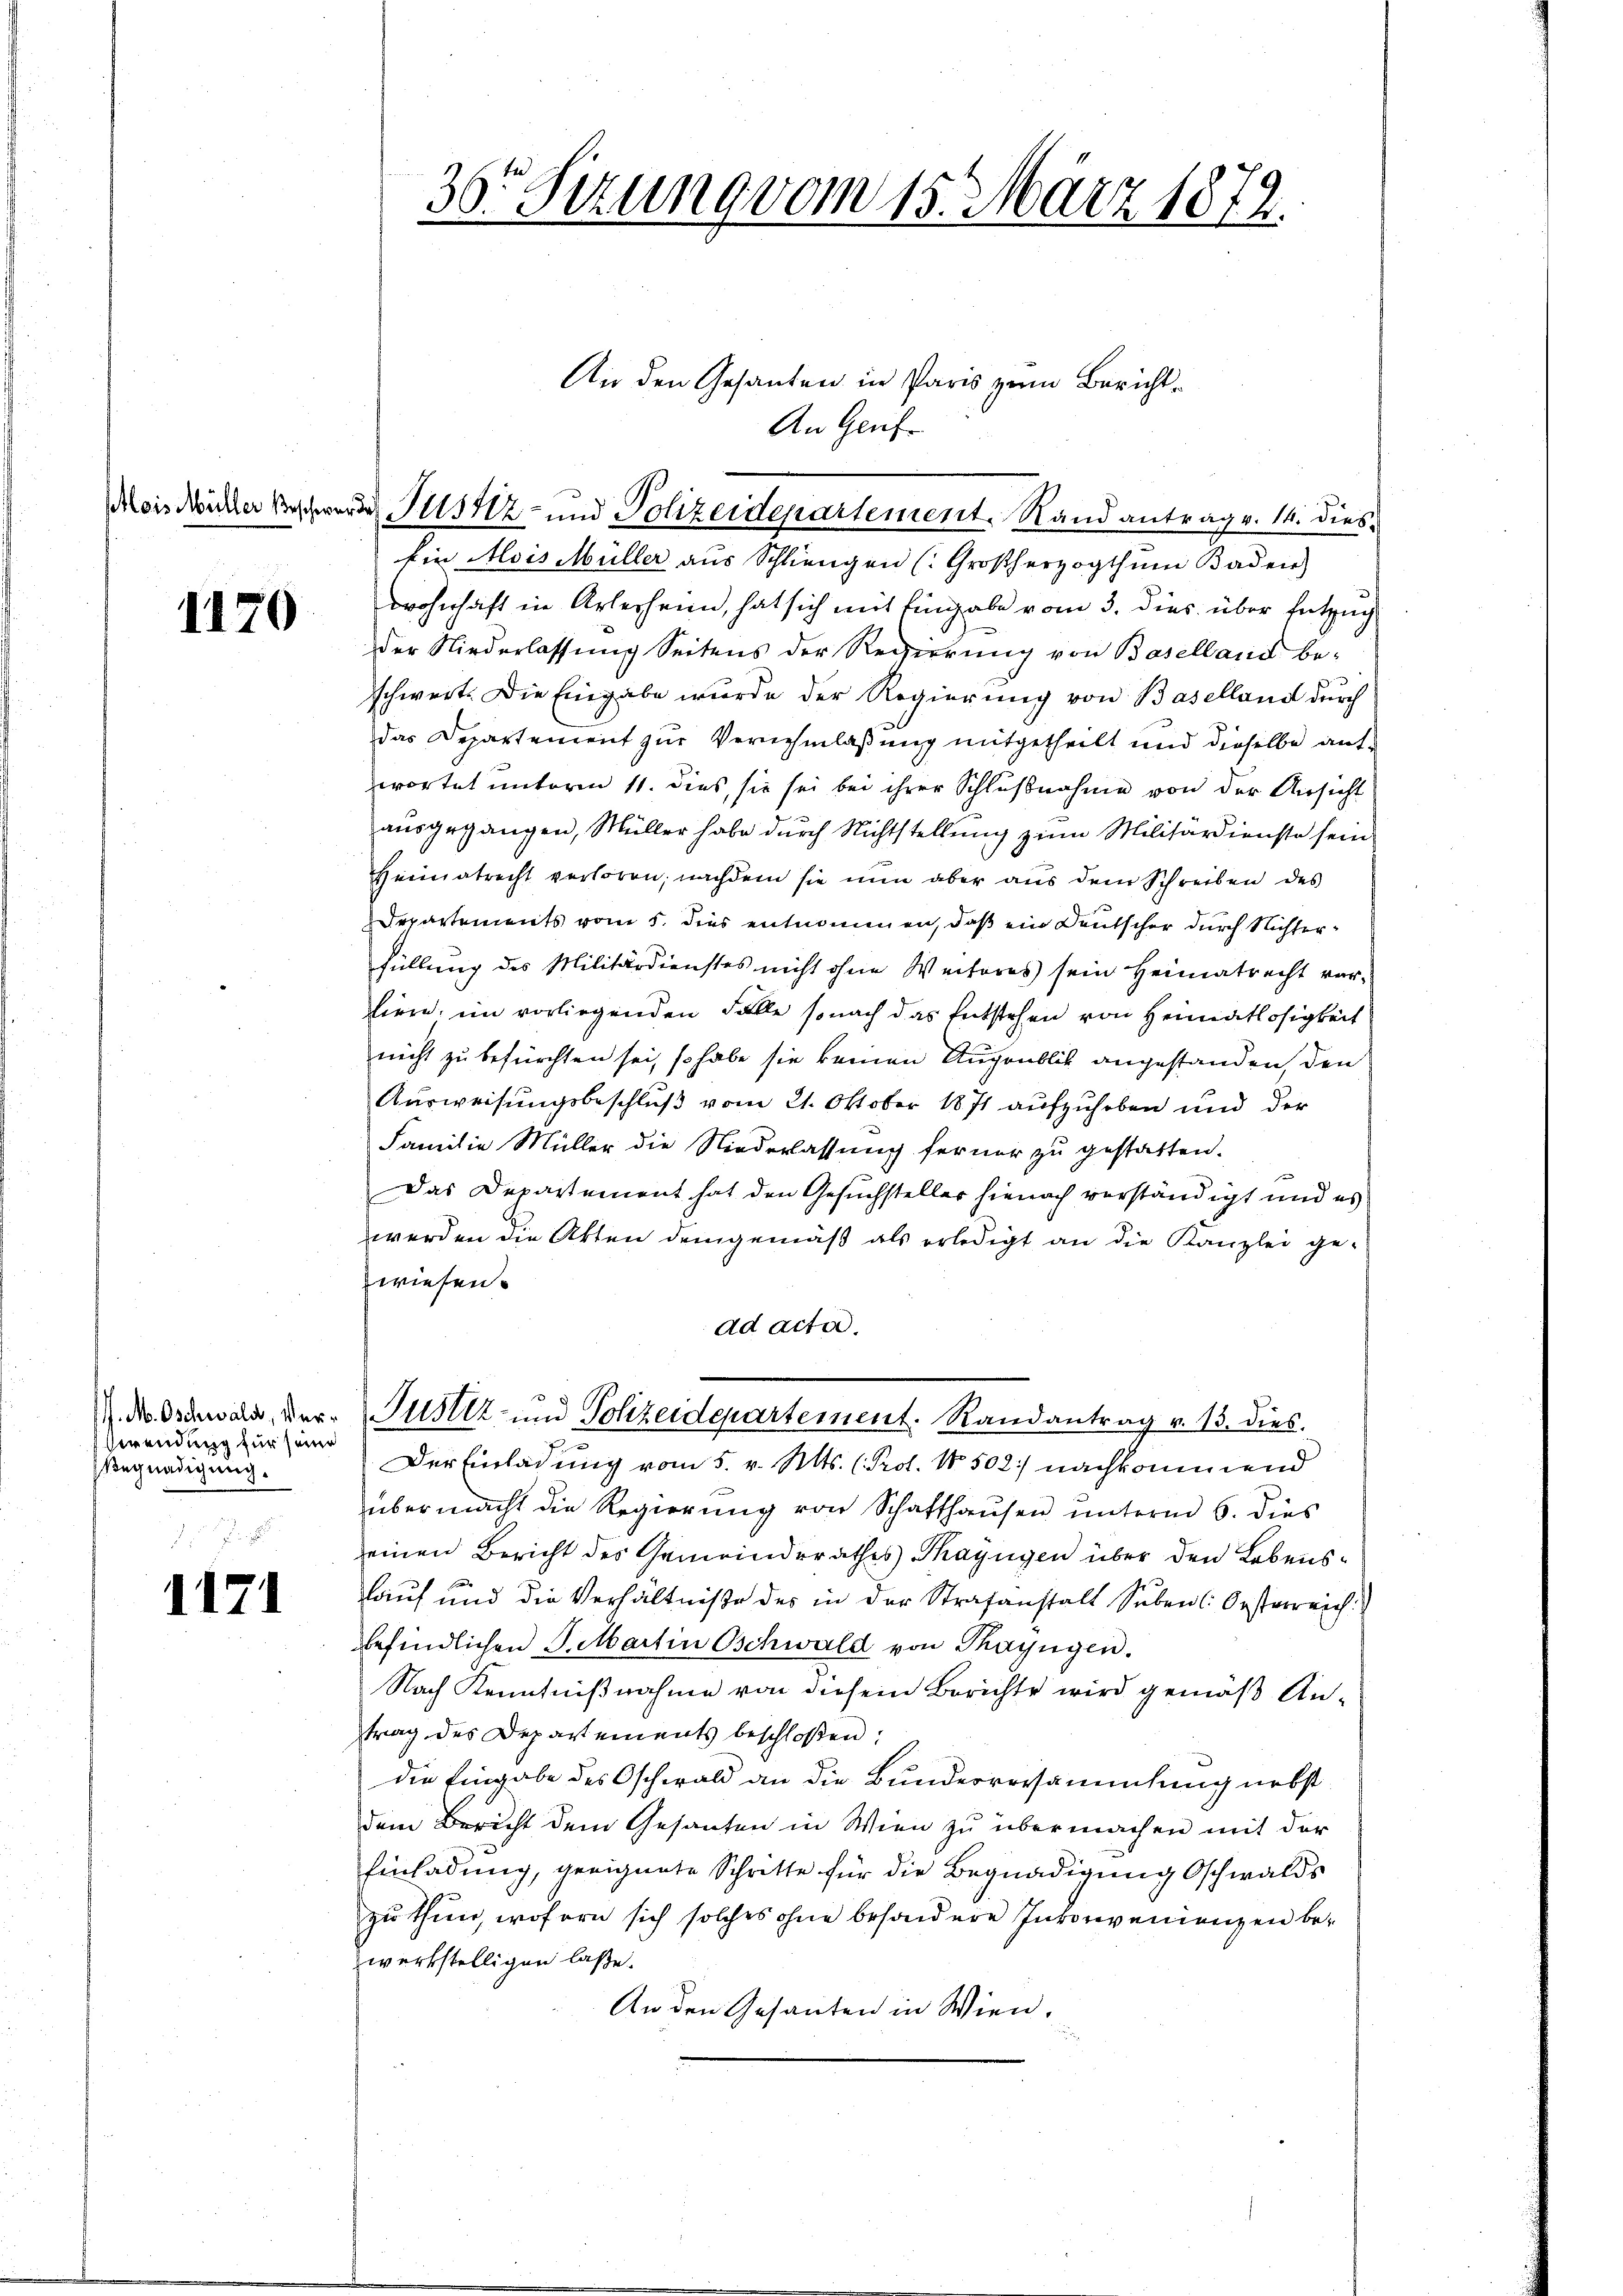
1170

wendung für seine
Begnadigung.

1171

36 Sizung vom 15. März 1872.

Ein Mois Müller aus Schliengen (Großherzogthum Baden)
wohnhaft in Arterheim, hat sich mit Eingabe vom 3. dies über Entzug
der Niederlassung Seitens der Regierung von Baselland be-
schwert. Die Eingabe wurde der Regierung von Baselland durch
das Departement zur Vernehmlassung mitgetheilt und dieselbe aufwortet unterm 11. dies, sie sei bei ihrer Schlußnahme von der Ansicht
ausgegangen, Müller habe durch Nichtstellung zum Militärdienste sein
Heimatrecht verloren, nachdem sie nun aber aus dem Schreiben des
Departements vom 5. dies entnommen, daß ein Deutscher durch Nichterfüllung des Militärdienstes nicht ohne Weiteres sein Heimatrecht vor-
liere, im vorliegenden Fälle sonach das Entstehen von Heimatlosigkeit
nicht zu befürchten sei, so habe sie keinen Augenblick angestanden, den
Ausweisungsbeschluß vom 21. Oktober 1871 aufzuhoben und der
Familie Müller die Niederlassung ferner zu gestatten.
Das Departement hat den Gesuchsteller hienach verständigt und es
werden die Akten demgemäß als erledigt an die Kanzlei ge-
wiesen.
ad acta.

An den Gesanten in Paris zum Bericht¬
An Genf

ois der Bescher Justiz- und Polizeidepartement. Rand antrag v. 14. dies¬

Der Einladung vom 5. v. Mts. (Prot. No 502 nachkommend
übermacht die Regierung von Schaffhausen unterm 6. dies
einen Bericht des Gemeindsrathes Thayngen über den Lebenslauf und die Verhältniße des in der Strafanstalt Seben Oesterreich
befindlichen S. Martin Oschwald von Thayngen.
Nach Kenntnißnahme von diesem Berichte wird gemäß An-
trag des Departements beschloßen:
die Eingabe des Oschwald an die Bunderversammlung nebst
dem Bericht dem Gesanten in Wien zu übermachen mit der
Einladung, geeignete Schritte für die Begnadigung Oschwalds
zu thun, wofern sich solches ohne besondere Inkonvenienzen bewerkstelligen laße.
An den Gesanten in Wien.

N. N. Oswald, der Justiz- und Polizeidepartement. Randantrag v. 13. dies.